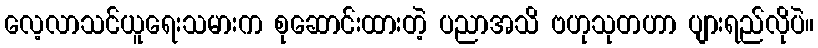
လေ့လာသင်ယူရေးသမားက စုဆောင်းထားတဲ့ ပညာအသိ ဗဟုသုတဟာ ပျားရည်လိုပဲ။